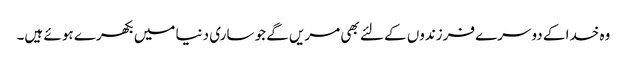
وہ خدا کے دوسرے فرزندوں کے لئے بھی مریں گے جو ساری دنیا میں بکھرے ہو ئے ہیں۔